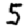
Digit: 5